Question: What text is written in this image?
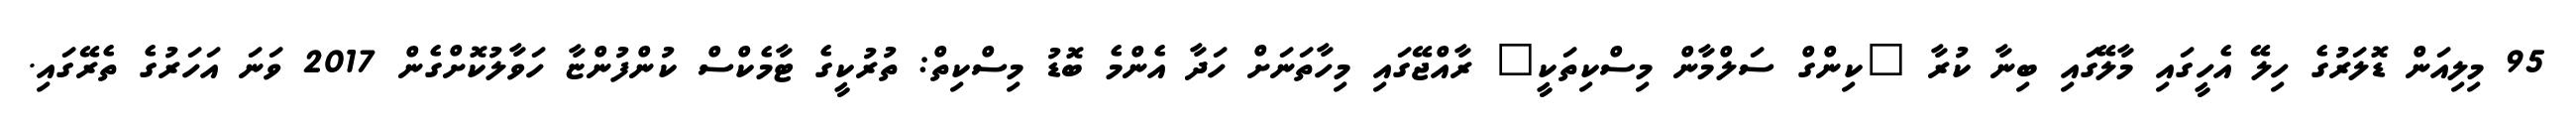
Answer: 95 މިލިއަން ޑޮލަރުގެ ހިލޭ އެހީގައި މާލޭގައި ބިނާ ކުރާ "ކިންގް ސަލްމާން މިސްކިތަކީ" ރާއްޖޭގައި މިހާތަނަށް ހަދާ އެންމެ ބޮޑު މިސްކިތް: ތުރުކީގެ ޓާމެކްސް ކުންފުންޏާ ހަވާލުކޮށްގެން 2017 ވަނަ އަހަރުގެ ތެރޭގައި.